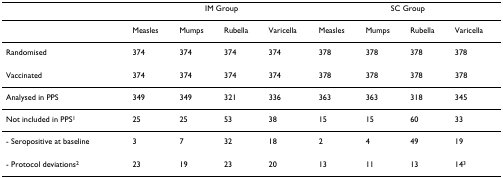
|  | <COLSPAN=4> IM Group | <COLSPAN=4> SC Group |
 | --- | --- | --- | --- | --- | --- | --- | --- | --- |
 |  | Measles | Mumps | Rubella | Varicella | Measles | Mumps | Rubella | Varicella |
 | Randomised | 374 | 374 | 374 | 374 | 378 | 378 | 378 | 378 |
 | Vaccinated | 374 | 374 | 374 | 374 | 378 | 378 | 378 | 378 |
 | Analysed in PPS | 349 | 349 | 321 | 336 | 363 | 363 | 318 | 345 |
 | Not included in PPS1 | 25 | 25 | 53 | 38 | 15 | 15 | 60 | 33 |
 | - Seropositive at baseline | 3 | 7 | 32 | 18 | 2 | 4 | 49 | 19 |
 | - Protocol deviations2 | 23 | 19 | 23 | 20 | 13 | 11 | 13 | 143 |